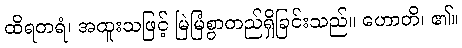
ထိရတရံ၊ အထူးသဖြင့် မြဲမြံစွာတည်ရှိခြင်းသည်။ ဟောတိ၊ ၏။